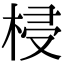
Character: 梫